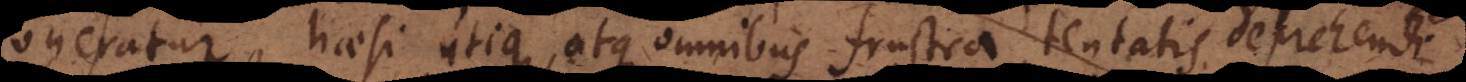
oneratur, haesi utique, atque omnibus frustra tentatis deprehendi